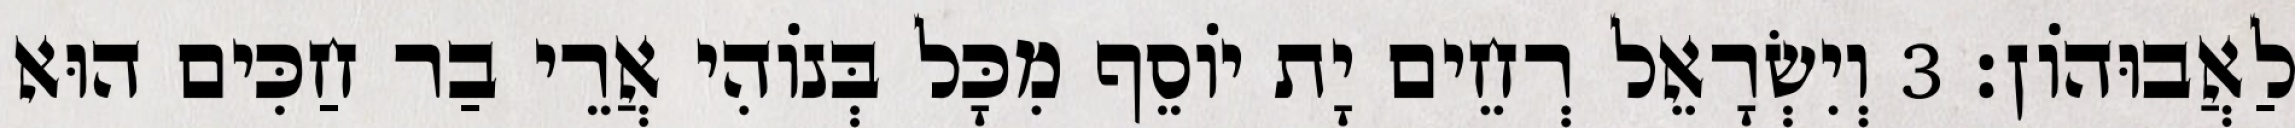
לַאֲבוּהוֹן׃ 3 וְיִשְׂרָאֵל רְחֵים יָת יוֹסֵף מִכָּל בְּנוֹהִי אֲרֵי בַר חַכִּים הוּא